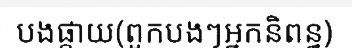
បងផ្កាយ(ពួកបងៗអ្នកនិពន្ធ)